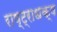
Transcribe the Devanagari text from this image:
राष्ट्राधक्ष